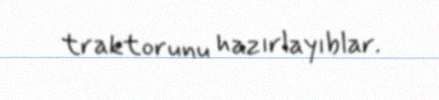
traktorunu hazırlayıblar.